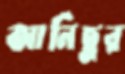
আনিছুর